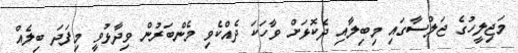
މަޖިލީހުގެ ޖަލްސާގައި މިބިލާއި ދެކޮޅަށް ވާހަކަ ދެއްކެވި މެންބަރުން ވިދާޅުވީ މިފަދަ ބިލެއް